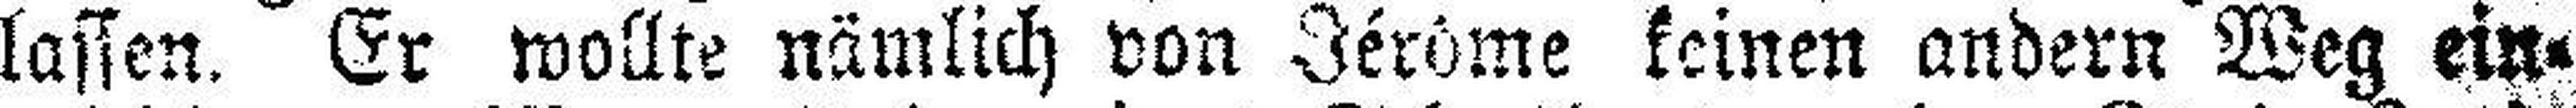
lassen. Er wollte nämlich von Jérôme keinen andern Weg ein¬